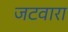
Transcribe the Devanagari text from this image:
जटवारा